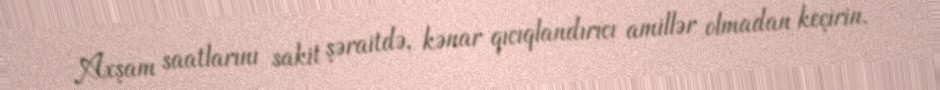
Axşam saatlarını sakit şəraitdə, kənar qıcıqlandırıcı amillər olmadan keçirin.